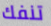
تنفك